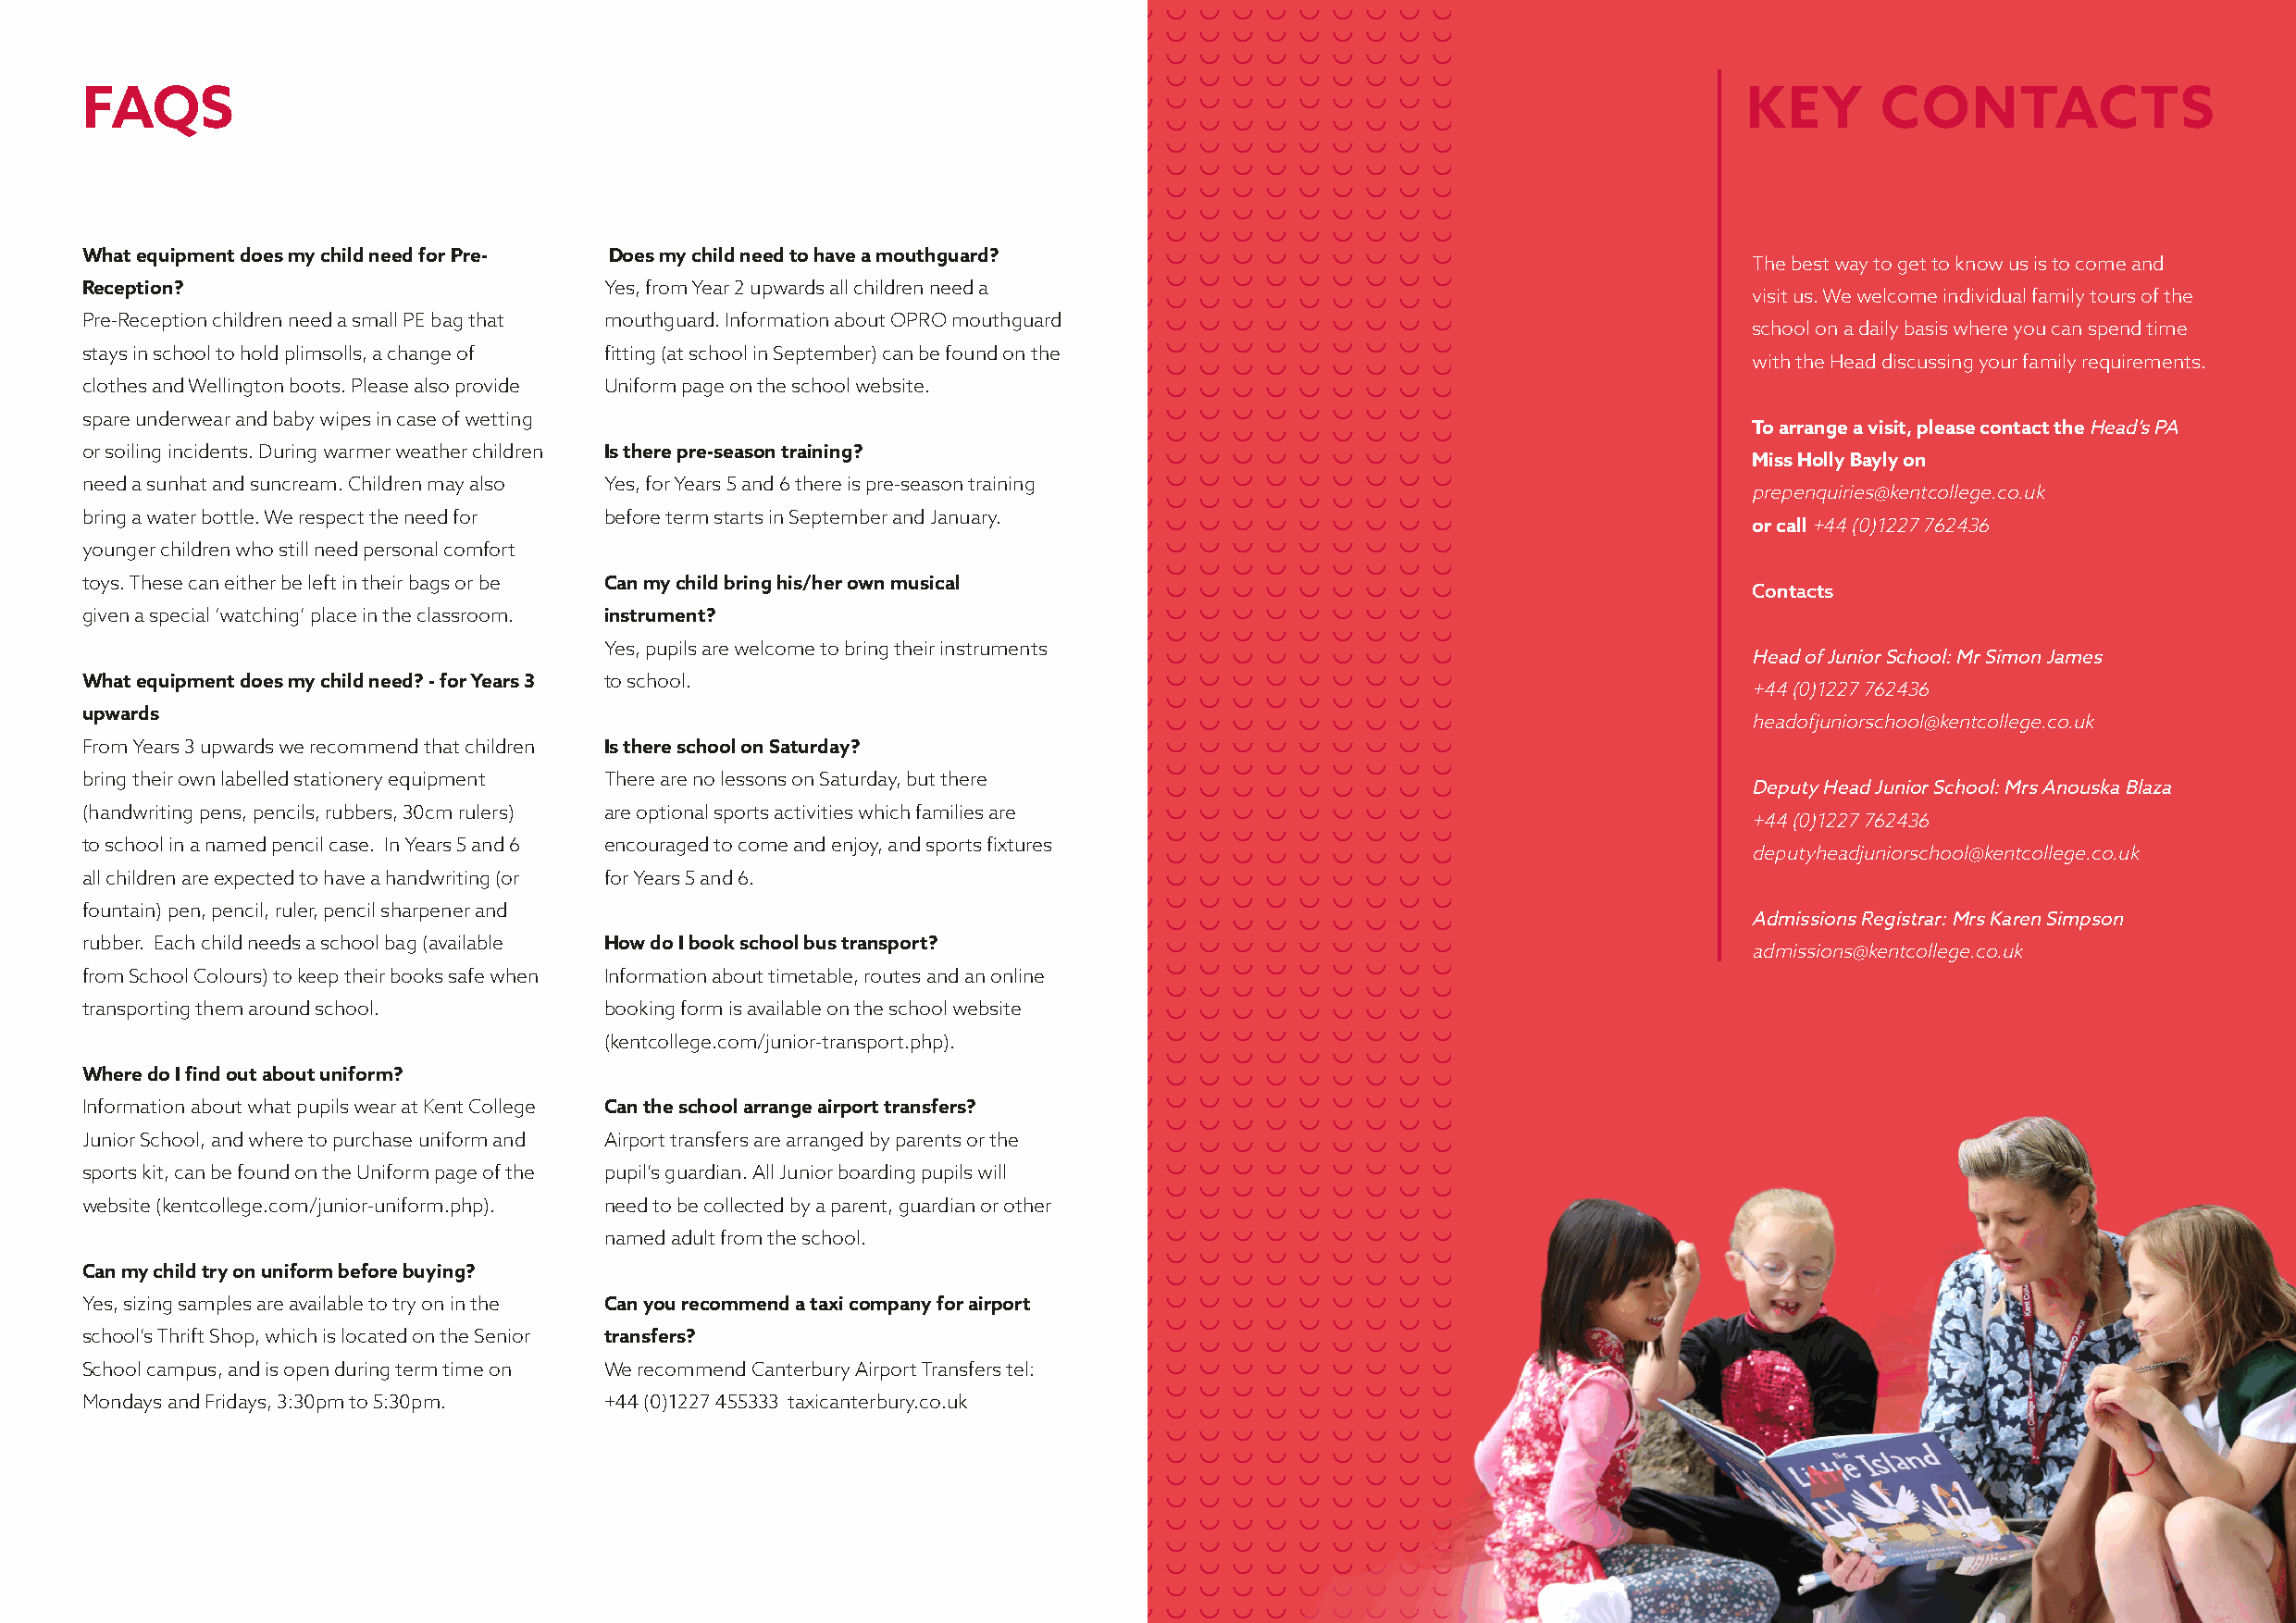
FAQS                                                                                                                   KEY      CONTACTS
 What equipment does my child need for Pre- Does my child need to have a mouthguard?
 The best way to get to know us is to come and
 Reception?                           Yes, from Year 2 upwards all children need a
 visit us. We welcome individual family tours of the
 Pre-Reception children need a small PE bag that mouthguard. Information about OPRO mouthguard
 school on a daily basis where you can spend time
 stays in school to hold plimsolls, a change of fitting (at school in September) can be found on the
 with the Head discussing your family requirements.
 clothes and Wellington boots. Please also provide Uniform page on the school website.
 spare underwear and baby wipes in case of wetting
 To arrange a visit, please contact the Head’s PA
 or soiling incidents. During warmer weather children Is there pre-season training?
 Miss Holly Bayly on
 need a sunhat and suncream. Children may also Yes, for Years 5 and 6 there is pre-season training
 prepenquiries@kentcollege.co.uk
 bring a water bottle. We respect the need for before term starts in September and January.
 or call +44 (0)1227 762436
 younger children who still need personal comfort
 toys. These can either be left in their bags or be Can my child bring his/her own musical
 Contacts
 given a special ‘watching’ place in the classroom. instrument?
 Yes, pupils are welcome to bring their instruments
 Head of Junior School: Mr Simon James
 What equipment does my child need? - for Years 3 to school.
 +44 (0)1227 762436
 upwards
 headofjuniorschool@kentcollege.co.uk
 From Years 3 upwards we recommend that children Is there school on Saturday?
 bring their own labelled stationery equipment There are no lessons on Saturday, but there
 Deputy Head Junior School: Mrs Anouska Blaza
 (handwriting pens, pencils, rubbers, 30cm rulers) are optional sports activities which families are
 +44 (0)1227 762436
 to school in a named pencil case. In Years 5 and 6 encouraged to come and enjoy, and sports fixtures
 deputyheadjuniorschool@kentcollege.co.uk
 all children are expected to have a handwriting (or for Years 5 and 6.
 fountain) pen, pencil, ruler, pencil sharpener and
 Admissions Registrar: Mrs Karen Simpson
 rubber. Each child needs a school bag (available How do I book school bus transport?
 admissions@kentcollege.co.uk
 from School Colours) to keep their books safe when Information about timetable, routes and an online
 transporting them around school.     booking form is available on the school website
 (kentcollege.com/junior-transport.php).
 Where do I find out about uniform?
 Information about what pupils wear at Kent College Can the school arrange airport transfers?
 Junior School, and where to purchase uniform and Airport transfers are arranged by parents or the
 sports kit, can be found on the Uniform page of the pupil’s guardian. All Junior boarding pupils will
 website (kentcollege.com/junior-uniform.php). need to be collected by a parent, guardian or other
 named adult from the school.
 Can my child try on uniform before buying?
 Yes, sizing samples are available to try on in the Can you recommend a taxi company for airport
 school’s Thrift Shop, which is located on the Senior transfers?
 School campus, and is open during term time on We recommend Canterbury Airport Transfers tel:
 Mondays and Fridays, 3:30pm to 5:30pm. +44 (0)1227 455333 taxicanterbury.co.uk